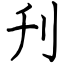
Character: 刋